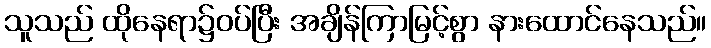
သူသည် ထိုနေရာ၌ဝပ်ပြီး အချိန်ကြာမြင့်စွာ နားထောင်နေသည်။